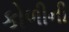
કોળીની